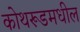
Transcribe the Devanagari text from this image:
कोथरूडमधील